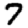
Digit: 7